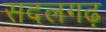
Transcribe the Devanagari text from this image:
सदलगढ़